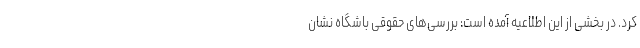
کرد. در بخشی از این اطلاعیه آمده است: بررسی‌های حقوقی باشگاه نشان